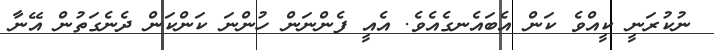
ނުކުރަނީ ކީއްވެ ކަން އެބައެނގެއެވެ. އެއީ ފެންނަން ހުންނަ ކަންކަން ދެނެގަތުން އޭނާ